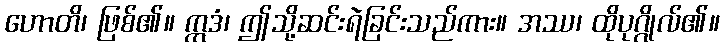
ဟောတိ၊ ဖြစ်၏။ ဣဒံ၊ ဤသို့ဆင်းရဲခြင်းသည်ကား။ အဿ၊ ထိုပုဂ္ဂိုလ်၏။